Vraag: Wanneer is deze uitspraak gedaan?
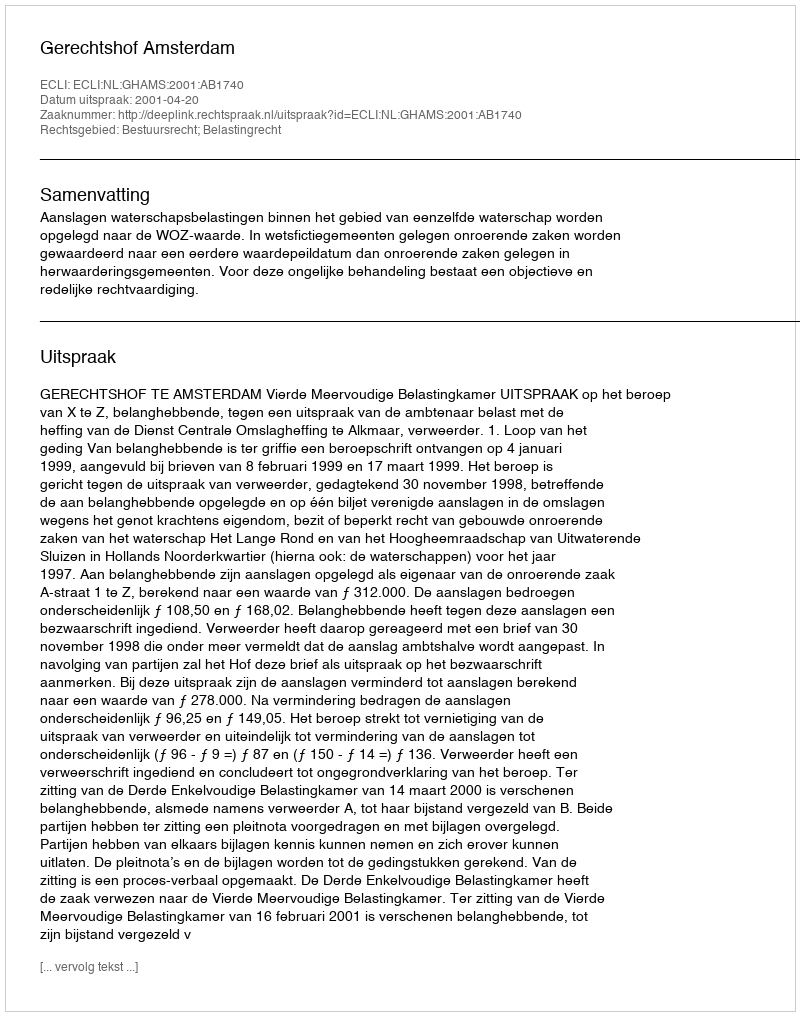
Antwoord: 2001-04-20